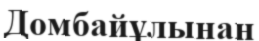
Домбайұлынан